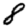
Digit: 8